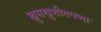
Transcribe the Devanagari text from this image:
खुसखुशीतपणा